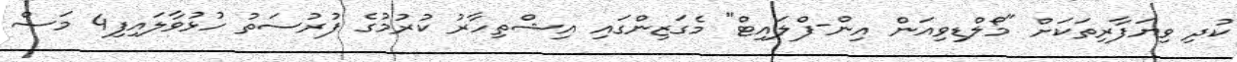
ކުދި ވިޔަފާރިތަކަށް "މޯލްޑިވިއަން އިން-ފްލައިޓް" މެގަޒިންގައި އިޝްތިހާރު ކުރުމުގެ ފުރުސަތު ހުޅުވާލައިފި4 މަސް